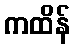
ကထိန်